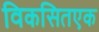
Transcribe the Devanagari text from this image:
विकसितएक